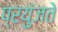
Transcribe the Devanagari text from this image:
प्रयुंजते